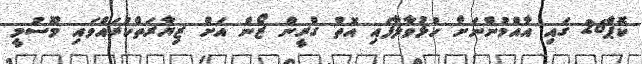
ކޮޕް26 ގައި އާއްމުންނަށް ހުޅުވާލާފައި އޮތް ގްރީން ޒޯން އަށް ޒިޔާރަތްކުރައްވައި މޫސުމީ